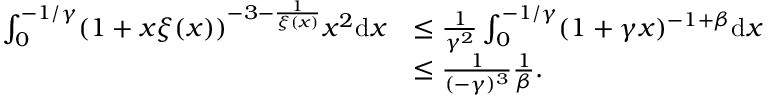
\begin{array} { r l } { \int _ { 0 } ^ { - 1 / \gamma } ( 1 + x \xi ( x ) ) ^ { - 3 - \frac { 1 } { \xi ( x ) } } x ^ { 2 } \mathrm { d } x } & { \leq \frac { 1 } { \gamma ^ { 2 } } \int _ { 0 } ^ { - 1 / \gamma } ( 1 + \gamma x ) ^ { - 1 + \beta } \mathrm { d } x } \\ & { \leq \frac { 1 } { ( - \gamma ) ^ { 3 } } \frac { 1 } { \beta } . } \end{array}